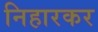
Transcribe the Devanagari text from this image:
निहारकर